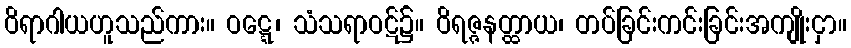
ဝိရာဂါယဟူသည်ကား။ ဝဋ္ဋေ၊ သံသရာဝဋ်၌။ ဝိရဇ္ဇနတ္ထာယ၊ တပ်ခြင်းကင်းခြင်းအကျိုးငှာ။